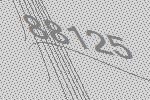
88125